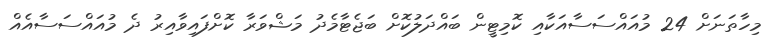
މިހާތަނަށް 24 މުއައްސަސާއަކާއި ކޮމިޓީން ބައްދަލުކޮށް ބަޖެޓާމެދު މަޝްވަރާ ކޮށްފައިވާއިރު ދެ މުއައްސަސާއެއް